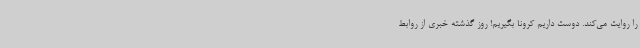
را روایت می‌کند. دوست داریم کرونا بگیریم! روز گذشته خبری از روابط